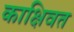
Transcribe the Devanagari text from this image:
काक्षिवत